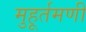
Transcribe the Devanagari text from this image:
मुहूर्तमणी